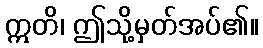
ဣတိ၊ ဤသို့မှတ်အပ်၏။